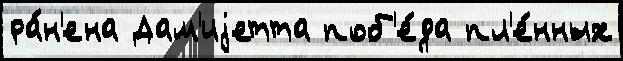
ра́н'ена Дам'иjетта поб'е́да пл'е́нных